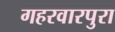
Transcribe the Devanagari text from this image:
गहरवारपुरा